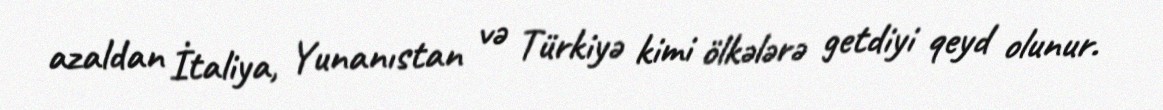
azaldan İtaliya, Yunanıstan və Türkiyə kimi ölkələrə getdiyi qeyd olunur.